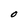
Character: O